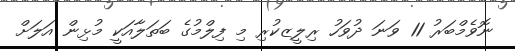
ނޮވެމްބަރު 11 ވަނަ ދުވަހު ރިލީޒކުރި މި ފިލްމުގެ ބަތަލާއަކީ މުޅިން އަލަށް